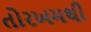
તોરખમથી